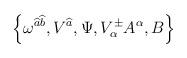
LaTeX: \begin{align*}\left\{ \omega ^{\widehat{a}\widehat{b}},V^{\widehat{a}},\Psi ,V^{\pm }_{\alpha }A^{\alpha },B\right\}\end{align*}